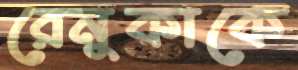
রেনুকাকে